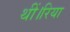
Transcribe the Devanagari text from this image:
थीं।रिया